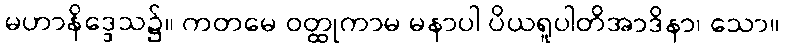
မဟာနိဒ္ဒေသ၌။ ကတမေ ဝတ္ထုကာမ မနာပါ ပိယရူပါတိအာဒိနာ၊ သော။